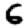
Digit: 6